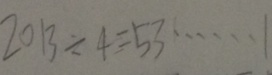
2 0 1 3 \div 4 = 5 3 \cdots 1